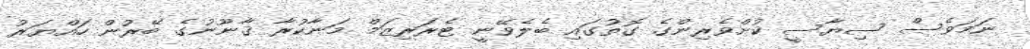
ނަމަވެސް ސިޔާސީ ކުށްވެރިންގެ ގޮތުގައި ބެލެވޭނީ ޓެރަރިޒަމް މަނާކުރާ ޤާނޫނުގެ ބޭރުން ހައްޔަރު